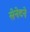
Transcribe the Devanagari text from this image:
सेनेटने